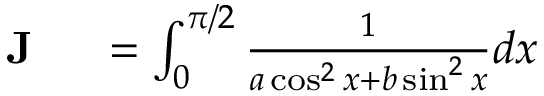
\begin{array} { r l } { { \textbf { J } } } & { { } = \int _ { 0 } ^ { \pi / 2 } { \frac { 1 } { a \cos ^ { 2 } x + b \sin ^ { 2 } x } } d x } \end{array}